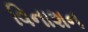
વિનાશન